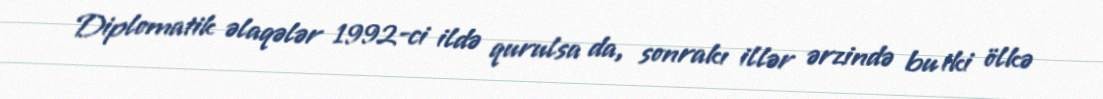
Diplomatik əlaqələr 1992-ci ildə qurulsa da, sonrakı illər ərzində bu iki ölkə